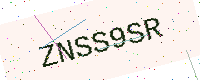
Text: ZNSS9SR